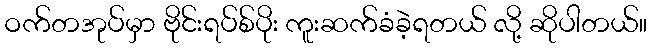
ဝက်တအုပ်မှာ ဗိုင်းရပ်စ်ပိုး ကူးဆက်ခံခဲ့ရတယ် လို့ ဆိုပါတယ်။